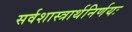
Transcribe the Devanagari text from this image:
सर्वशास्त्रार्थनिर्णयः